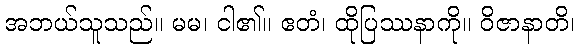
အဘယ်သူသည်။ မမ၊ ငါ၏။ ဧတံ၊ ထိုပြဿနာကို။ ဝိဇာနာတိ၊